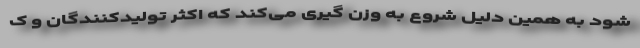
شود به همین دلیل شروع به وزن گیری می‌کند که اکثر تولیدکنندگان و ک